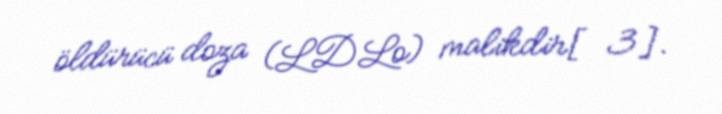
öldürücü doza (LDLo) malikdir[3].